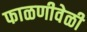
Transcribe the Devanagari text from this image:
फाळणीवेळी